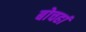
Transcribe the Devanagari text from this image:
बोचहां